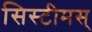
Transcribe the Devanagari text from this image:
सिस्टीमस्